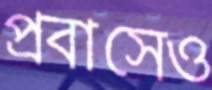
প্রবাসেও